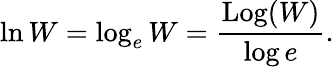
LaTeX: \ln W=\log_{e}W={\frac{\operatorname{Log}(W)}{\log e}}.